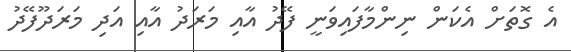
އެ ގޮތަށް އެކަން ނިންމާފައިވަނީ ފޭދު އާއި މަރަދު އާއި އަދި މަރަދޫފޭދު